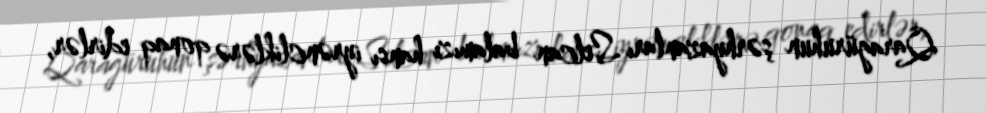
Qaragüruhun şərhyazanları Selcan balamızı hansı iyrəncliklərə qonaq edirlər,